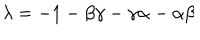
\lambda = - 1 - \beta \gamma - \gamma \alpha - \alpha \beta